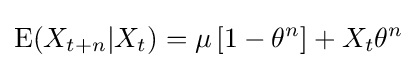
\operatorname {E} (X_{t+n}|X_{t})=\mu \left[1-\theta ^{n}\right]+X_{t}\theta ^{n}